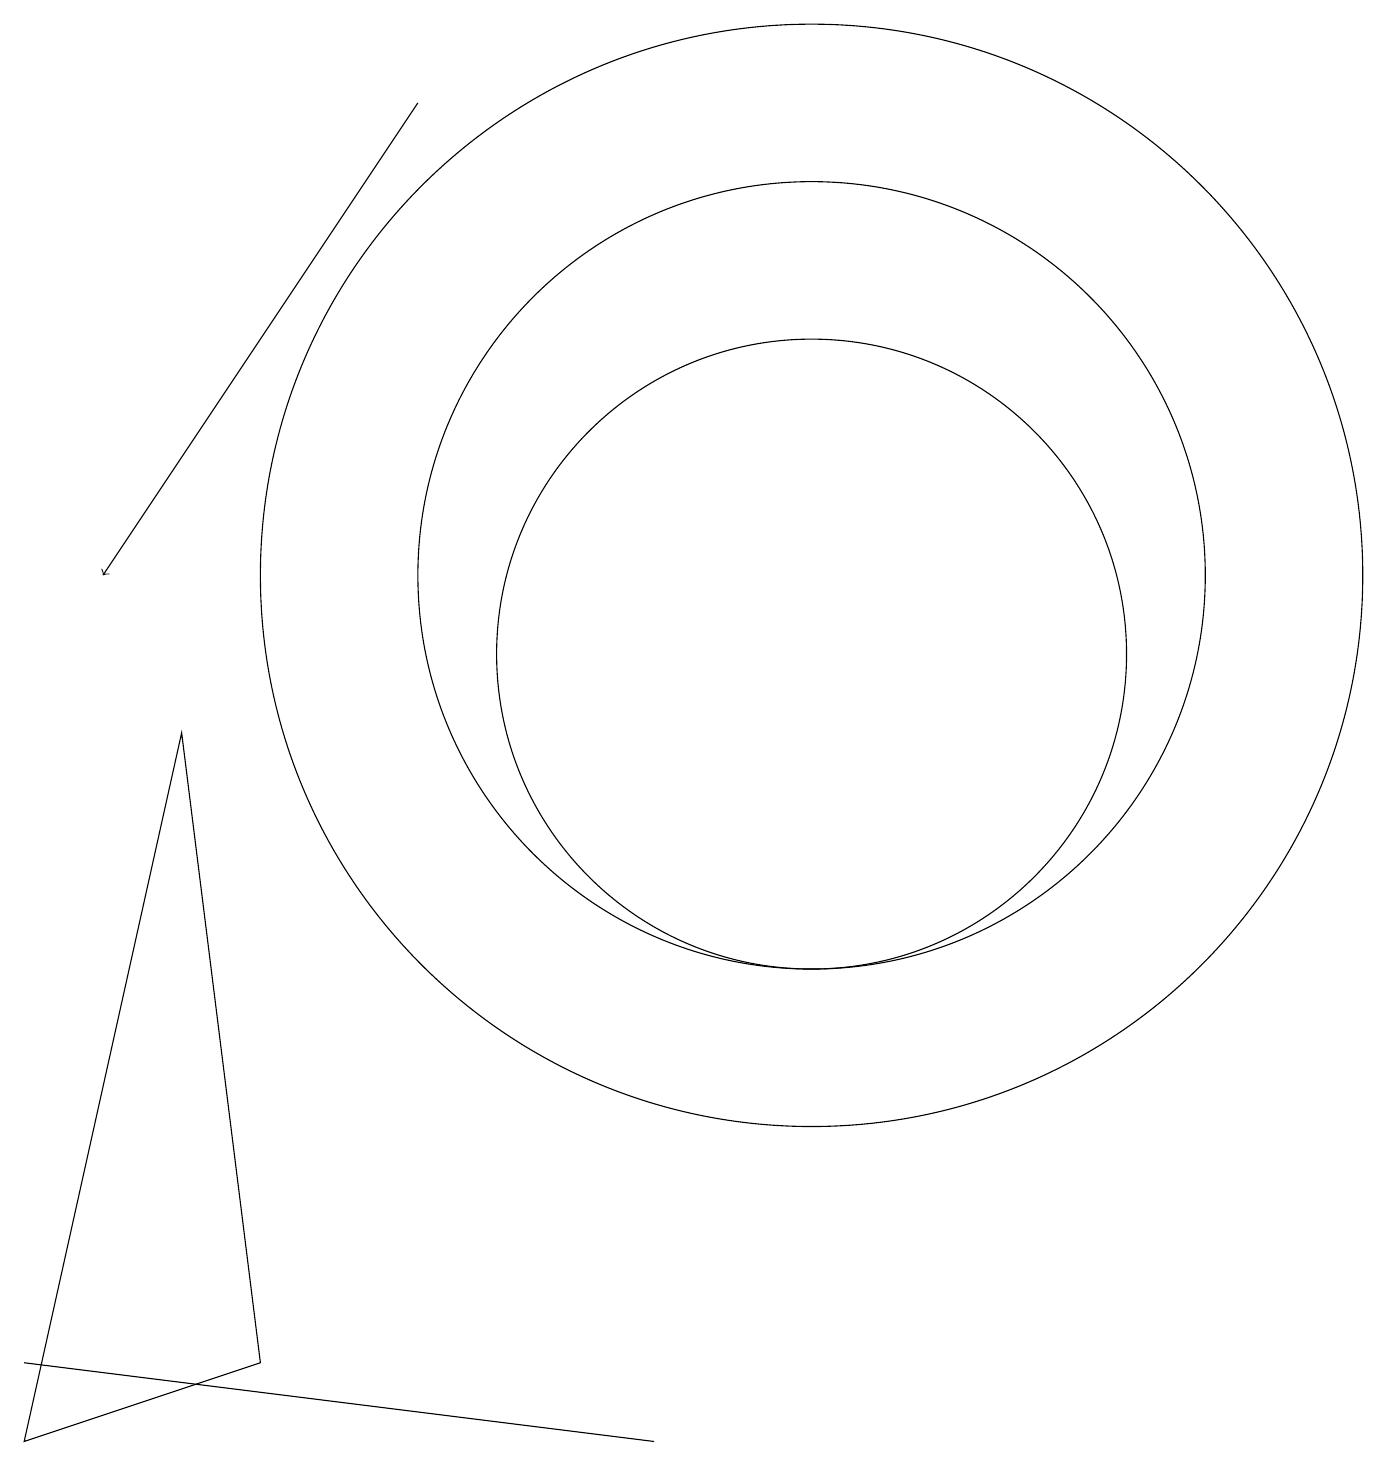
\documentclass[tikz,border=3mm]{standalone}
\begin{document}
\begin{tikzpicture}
\draw (10,11) circle (5);
\draw (10,10) circle (4);
\draw (8,0) -- (0,1) -- (0,1) -- cycle;
\draw[->] (5,17) -- (1,11);
\draw (10,11) circle (7);
\draw (3,1) -- (2,9) -- (0,0) -- cycle;
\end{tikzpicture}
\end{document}